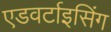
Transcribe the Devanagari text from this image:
एडवर्टाइसिंग